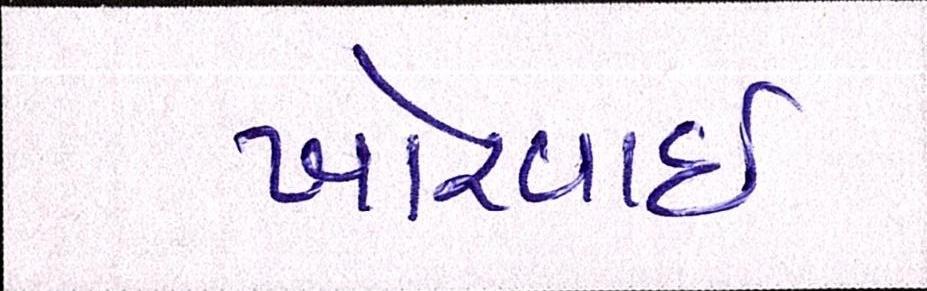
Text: ખોરવાઈ